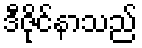
ဒီဇိုင်နာသည်